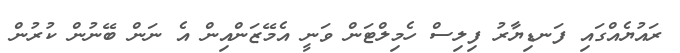
ރައުޔެއްގައި ފަނޑިޔާރު ފިލިސް ހެމިލްޓަން ވަނީ އެމޭޒަންއިން އެ ނަން ބޭނުން ކުރުން